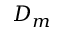
D _ { m }